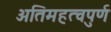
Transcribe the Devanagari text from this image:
अतिमहत्‍वपुर्ण